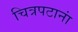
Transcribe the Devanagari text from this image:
चित्रपटानां